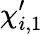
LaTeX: \mathbf{\chi}_{i,1}^{\prime}